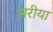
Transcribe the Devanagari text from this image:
सरीया